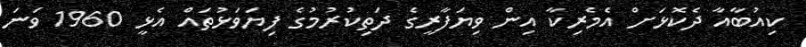
ކިއުބާއާ ދެކޮޅަށް އެމެރިކާ އިން ވިޔަފާރީގެ ދަތިކުރުމުގެ ފިޔަވަޅުތައް އެޅީ 1960 ވަނަ